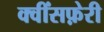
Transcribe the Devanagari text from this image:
क्वींसफ़ेरी